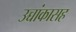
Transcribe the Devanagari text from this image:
उच्चांकासह